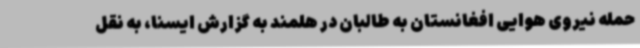
حمله نیروی هوایی افغانستان به طالبان در هلمند به گزارش ایسنا، به نقل